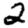
Digit: 2